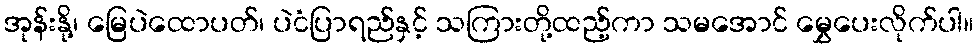
အုန်းနို့၊ မြေပဲထောပတ်၊ ပဲငံပြာရည်နှင့် သကြားတို့ထည့်ကာ သမအောင် မွှေပေးလိုက်ပါ။